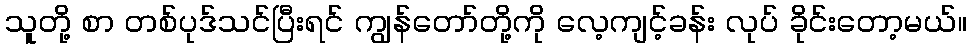
သူတို့ စာ တစ်ပုဒ်သင်ပြီးရင် ကျွန်တော်တို့ကို လေ့ကျင့်ခန်း လုပ် ခိုင်းတော့မယ်။